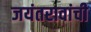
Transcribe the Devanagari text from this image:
जयंतरावांची